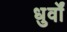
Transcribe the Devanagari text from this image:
धुर्वों